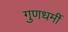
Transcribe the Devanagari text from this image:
गुणधर्मी